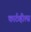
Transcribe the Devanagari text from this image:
कार्टव्हील्स